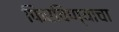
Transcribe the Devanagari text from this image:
फिरविण्याचा